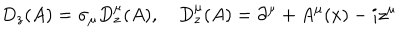
LaTeX: D _ { z } ( A ) = \sigma _ { \mu } D _ { z } ^ { \mu } ( A ) , ~ D _ { z } ^ { \mu } ( A ) = \partial ^ { \mu } + A ^ { \mu } ( x ) - i z ^ { \mu }